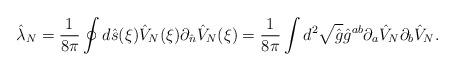
LaTeX: \begin{align*}{\hat{\lambda}_N}={1\over{8\pi}}\oint{d}\hat{s}(\xi){\hat{V}_N}(\xi){\partial_{\hat{n}}}{\hat{V}_N}(\xi)={1\over{8\pi}}\int{d^2}\sqrt{\hat{g}}{\hat{g}^{ab}}{\partial_a}{\hat{V}_N}{\partial_b}{\hat{V}_N}.\end{align*}